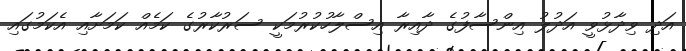
އަދި ވިދާޅުވީ އަދުލު އިންސާފުގެ ދާއިރާ އިސްލާހުކުރުމަކީ ސަރުކާރުގެ ކަމެއް ކަމަށާއި އެކަމުގައި